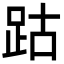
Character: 跍